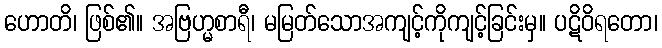
ဟောတိ၊ ဖြစ်၏။ အဗြဟ္မစာရီ၊ မမြတ်သောအကျင့်ကိုကျင့်ခြင်းမှ။ ပဋိဝိရတော၊